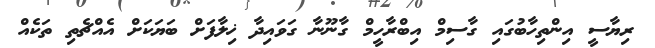
ރިޔާސީ އިންތިހާބުގައި ގާސިމް އިބްރާހީމް ގާނޫނާ ގަވައިދާ ޚިލާފަށް ބަޔަކަށް އެއްޗެތި ތަކެއް